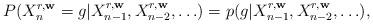
LaTeX: \begin{align*} P( X_n^{r, \mathbf{w}}= g |X_{n-1}^{r, \mathbf{w}} ,X_{n-2}^{r, \mathbf{w}}, \ldots )= p( g |X_{n-1}^{r, \mathbf{w}} ,X_{n-2}^{r, \mathbf{w}}, \ldots) ,\end{align*}